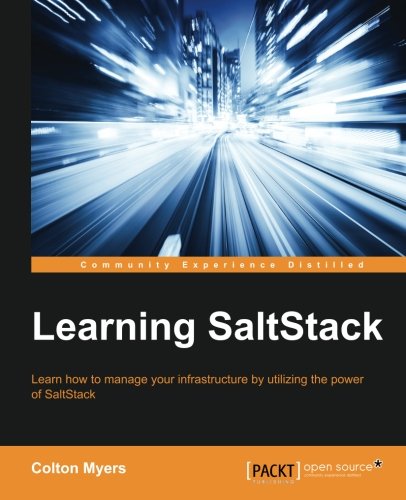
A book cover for Learning Saltstack; Colton Myers; Computers & Technology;